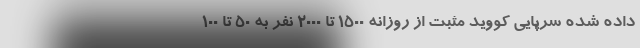
داده شده سرپایی کووید مثبت از روزانه 1500 تا 2000 نفر به 50 تا 100